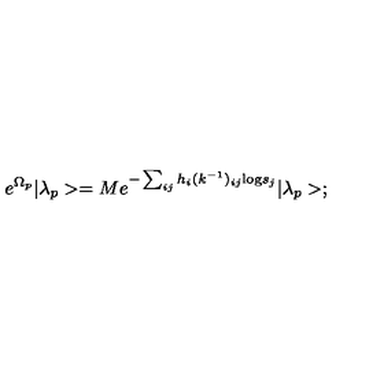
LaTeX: e ^ { \Omega _ { p } } | \lambda _ { p } > = M e ^ { - \sum _ { i j } h _ { i } ( k ^ { - 1 } ) _ { i j } \mathrm { l o g } s _ { j } } | \lambda _ { p } > ;